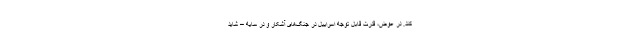
کند. در عوض، قدرت قابل توجه اسراییل در جنگ‌های آشکار و در سایه – شاید